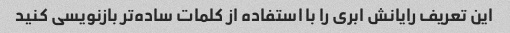
این تعریف رایانش ابری را با استفاده از کلمات ساده‌تر بازنویسی کنید